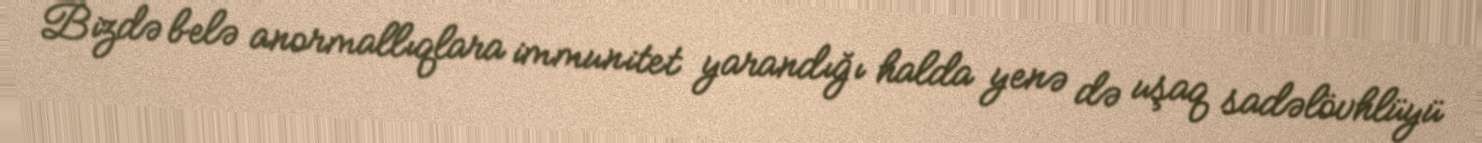
Bizdə belə anormallıqlara immunitet yarandığı halda yenə də uşaq sadəlövhlüyü